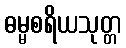
ဓမ္မစရိယသုတ္တ